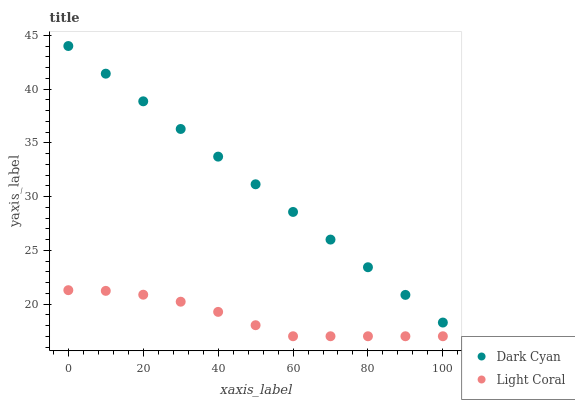
| xaxis_label | Dark Cyan | Light Coral |
 | --- | --- | --- |
 | 0 | 44 | 21.3 |
 | 10 | 41.4 | 21.2 |
 | 20 | 38.9 | 20.9 |
 | 30 | 36.3 | 20.2 |
 | 40 | 33.7 | 19.3 |
 | 50 | 31.1 | 18 |
 | 60 | 28.6 | 17 |
 | 70 | 26 | 17 |
 | 80 | 23.4 | 17 |
 | 90 | 20.8 | 17 |
 | 100 | 18.3 | 17 |